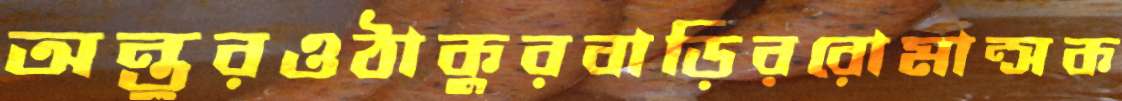
অন্তুরওঠাকুরবাড়িররোমান্সক